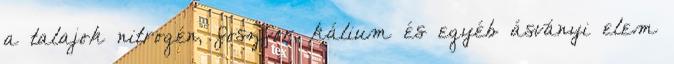
a talajok nitrogén, foszfor, kálium és egyéb ásványi elem